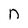
Character: n